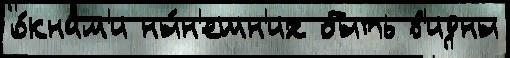
о́кнам'и ны́н'ешн'их быть в'идны